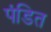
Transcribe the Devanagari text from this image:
पंडित